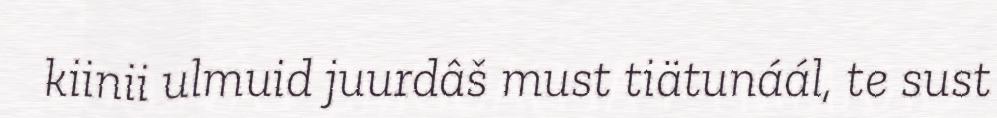
kiinii ulmuid juurdâš must tiätunáál, te sust